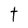
Character: t